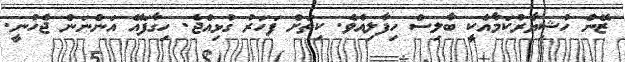
ޒޭން ހުޝިޔާރުކަމާއެކީ ބާލިސް ހިފާލިއެވެ. ކިތަށް ފަހަރު ގުޅިއްޖެ. ހިގާފައޭ އަންނަން ޖެހުނީ.